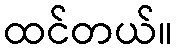
ထင်တယ်။